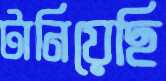
টানিয়েছি